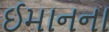
ઈમાનના